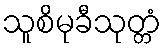
သူစိမုခီသုတ္တံ